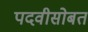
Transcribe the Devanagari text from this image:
पदवीसोबत